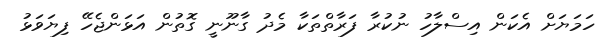
ހަމަޔަށް އެކަން އިސްލާހު ނުކުރާ ފަރާތްތަކާ މެދު ގާނޫނީ ގޮތުން އަޅަންޖެހޭ ފިޔަވަޅު